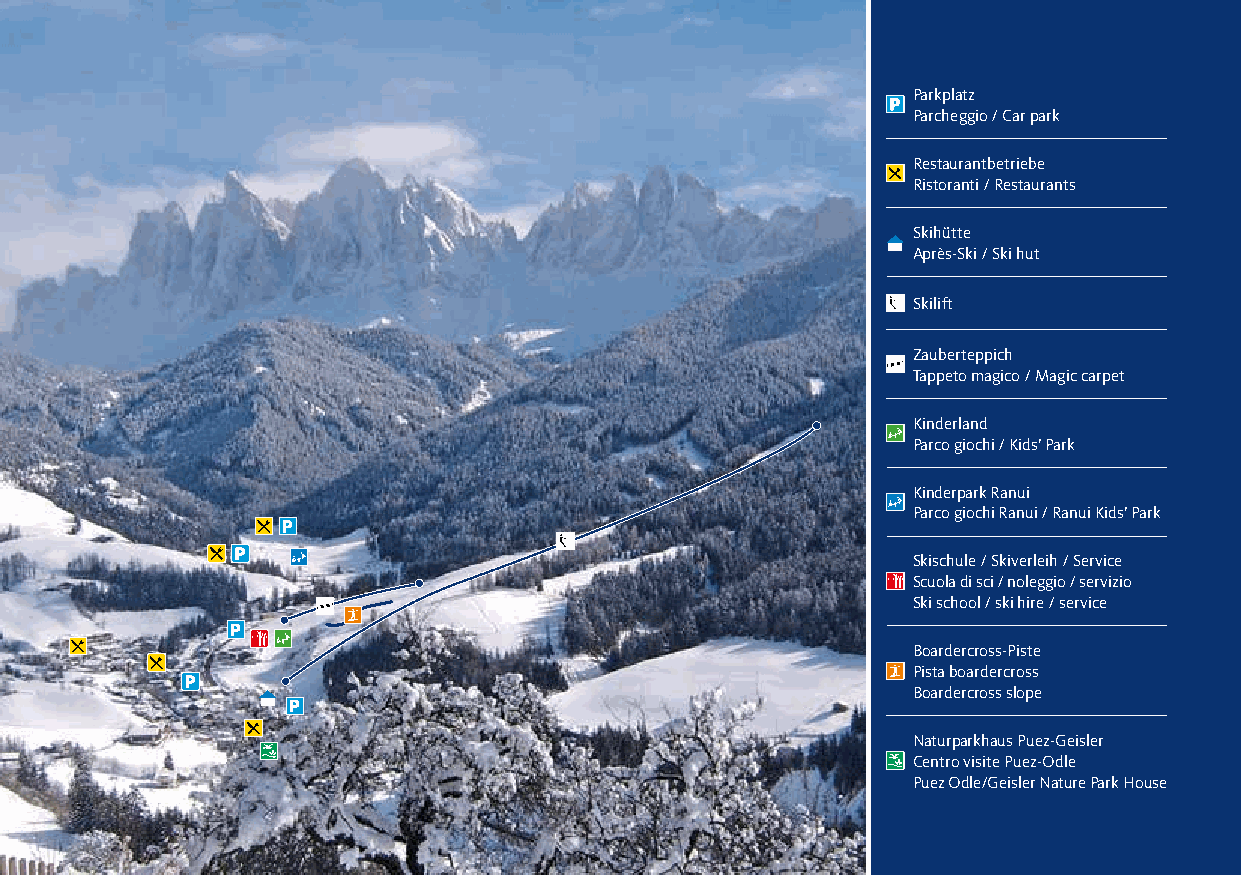
Parkplatz
 Parcheggio / Car park
 Restaurantbetriebe
 Ristoranti / Restaurants
 Skihütte
 Après-Ski / Ski hut
 Skilift
 Zauberteppich
 Tappeto magico / Magic carpet
 Kinderland
 Parco giochi / Kids’ Park
 Kinderpark Ranui
 Parco giochi Ranui / Ranui Kids’ Park
 Skischule / Skiverleih / Service
 Scuola di sci / noleggio / servizio
 Ski school / ski hire / service
 Boardercross-Piste
 Pista boardercross
 Boardercross slope
 Naturparkhaus Puez-Geisler
 Centro visite Puez-Odle
 Puez Odle/Geisler Nature Park House